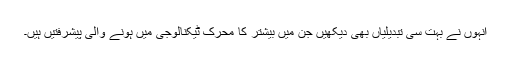
انہوں نے بہت سی تبدیلیاں بھی دیکھیں جن میں بیشتر کا محرک ٹیکنالوجی میں ہونے والی پیشرفتیں ہیں۔